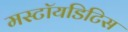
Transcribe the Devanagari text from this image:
मस्टॉयडिटिस